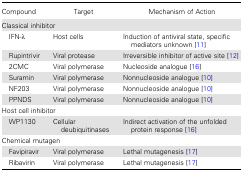
<table><thead><tr><td><b>Compound</b></td><td><b>Target</b></td><td><b>Mechanism of Action</b></td></tr></thead><tbody><tr><td colspan="3">Classical inhibitor</td></tr><tr><td> IFN-λ</td><td>Host cells</td><td>Induction of antiviral state, specific mediators unknown [11]</td></tr><tr><td> Rupintrivir</td><td>Viral protease</td><td>Irreversible inhibitor of active site [12]</td></tr><tr><td> 2CMC</td><td>Viral polymerase</td><td>Nucleoside analogue [16]</td></tr><tr><td> Suramin</td><td>Viral polymerase</td><td>Nonnucleoside analogue [10]</td></tr><tr><td> NF203</td><td>Viral polymerase</td><td>Nonnucleoside analogue [10]</td></tr><tr><td> PPNDS</td><td>Viral polymerase</td><td>Nonnucleoside analogue [10]</td></tr><tr><td colspan="3">Host cell inhibitor</td></tr><tr><td> WP1130</td><td>Cellular deubiquitinases</td><td>Indirect activation of the unfolded protein response [16]</td></tr><tr><td colspan="3">Chemical mutagen</td></tr><tr><td> Favipiravir</td><td>Viral polymerase</td><td>Lethal mutagenesis [17]</td></tr><tr><td> Ribavirin</td><td>Viral polymerase</td><td>Lethal mutagenesis [17]</td></tr></tbody></table>